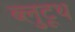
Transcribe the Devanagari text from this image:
ब्लुटूथ